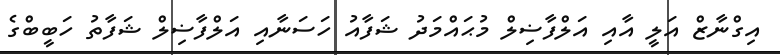
އިގްނާޒް އަލީ އާއި އަލްފާޟިލް މުޙައްމަދު ޝަފާއު ހަސަނާއި އަލްފާޟިލް ޝަފާތު ހަބީބްގެ